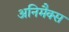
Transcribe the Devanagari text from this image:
अनिमैक्स